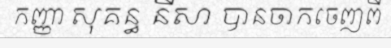
កញ្ញា សុគន្ធ នីសា បានចាកចេញពី